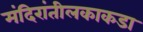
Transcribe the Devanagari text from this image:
मंदिरांतीलकाकडा